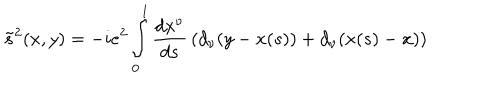
\tilde { s } ^ { 2 } ( x , y ) = - i e ^ { 2 } \int _ { 0 } ^ { 1 } \frac { d x ^ { \nu } } { d s } \, ( d _ { \nu } ( y - x ( s ) ) + d _ { \nu } ( x ( s ) - x ) )